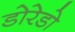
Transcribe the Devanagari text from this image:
डोरेडो